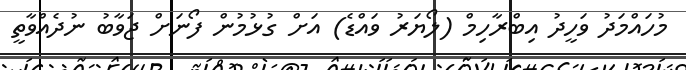
މުހައްމަދު ވަހީދު އިބްރާހިމް (ލޯޔަރު ވައްޑެ) އަށް ގުޅުމުން ފޯނަށް ޖަވާބު ނުދެއްވާތީ